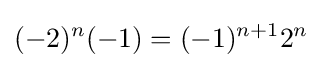
(-2)^{n}(-1)=(-1)^{n+1}2^{n}